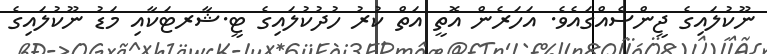
ނޫކުލައިގެ ޖީންސެއްގައެވެ. އަހަރެން އޮތީ އަތް ކުރު ހުދުކުލައިގެ ޓީ.ޝާރޓަކާއި މަޑު ނޫކުލައިގެ